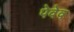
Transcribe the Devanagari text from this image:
पेवेव